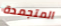
المتجمدة